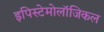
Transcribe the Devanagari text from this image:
इपिस्टेमोलॉजिकल